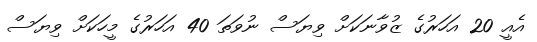
އެއީ 20 އަހަރުގެ ޒުވާނަކަށް ވިޔަސް ނުވަތަ 40 އަހަރުގެ މީހަކަށް ވިޔަސް